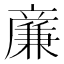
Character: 𠔳